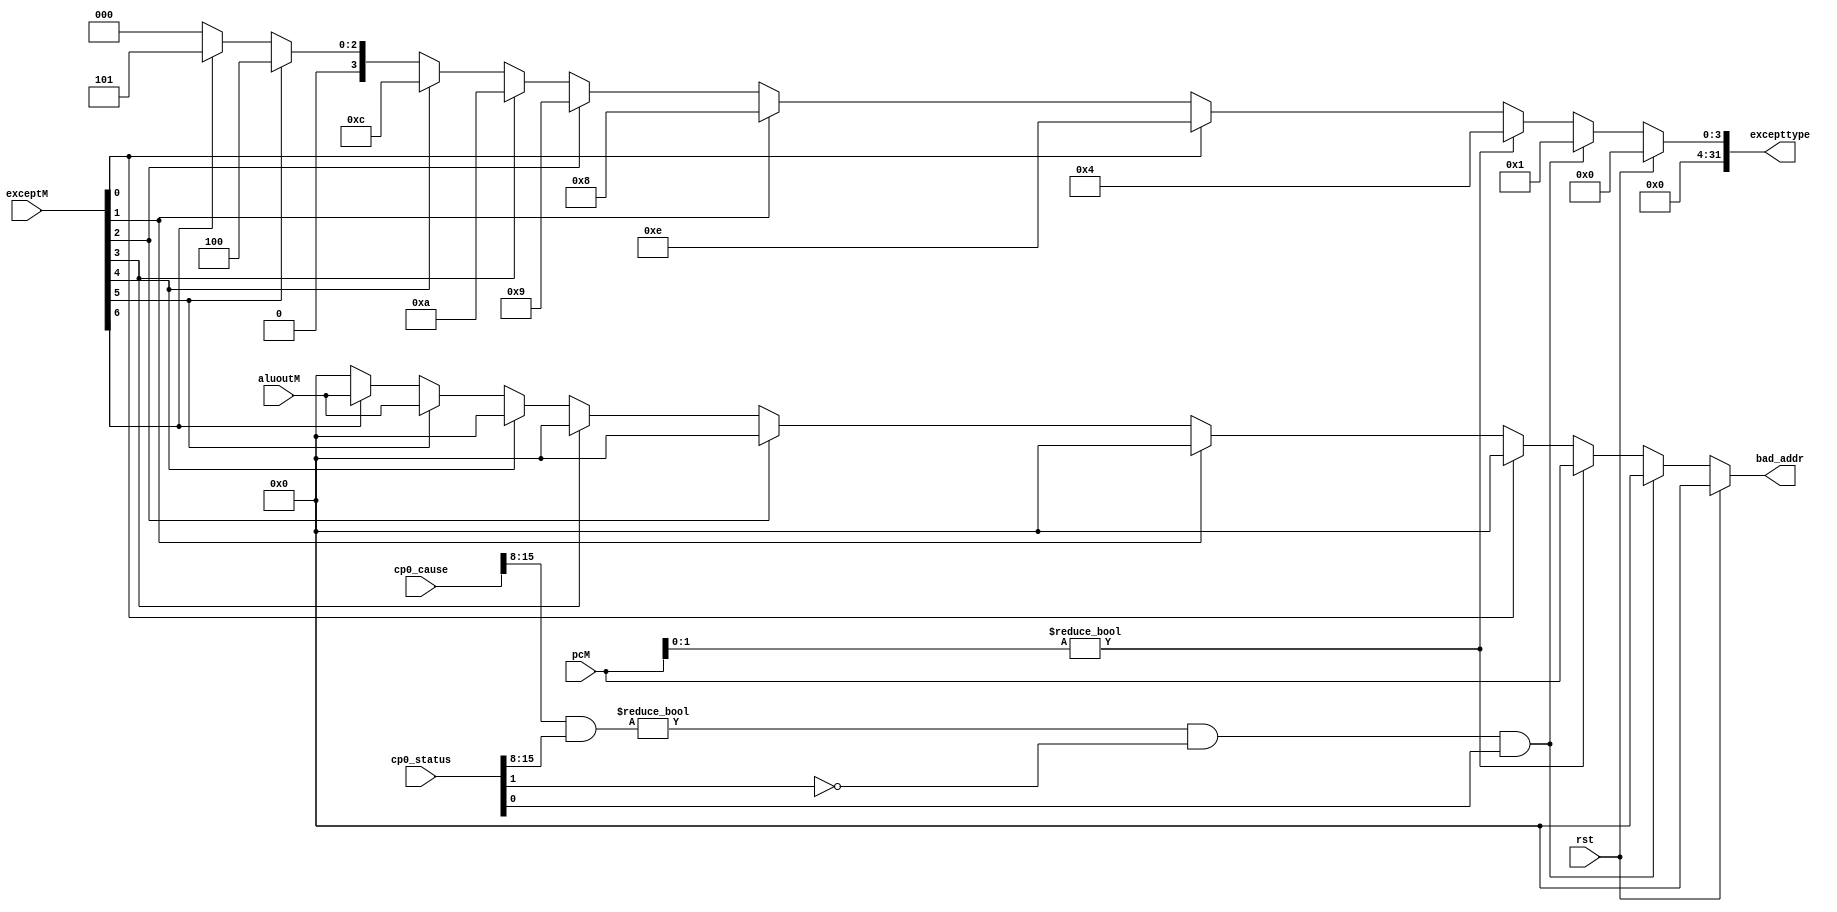
/*exception
    IF,ID,EXE,MEMMEM
*/
`timescale 1ns / 1ps

module exception(
	input rst,
	input [31:0] pcM,
	input [6:0] exceptM,
	input wire[31:0] cp0_status,cp0_cause,aluoutM,
	output wire [31:0] excepttype,bad_addr
    );
	/*	exception input:
	{0: eret, 1: syscall, 2: break, 3: reserve, 4: overflow, 5: adelM, 6: adesM}

	ExcCode:
	0x00 Int
	0x04 AdEL
	0x05 AdES
	0x08 Sys
	0x09 Bp
	0x0A RI
	0x0C Ov
	*/
	// exception type
	assign excepttype = (rst)? 32'h0000_0000:
	                      ((cp0_cause[15:8] & cp0_status[15:8]) != 8'h00 && cp0_status[1] == 1'b0 && cp0_status[0] == 1'b1)? 32'h0000_0001: // interrupt
						  (pcM[1:0]!=2'b00)? 32'h0000_0004: // AdEL
						  (exceptM[0])? 32'h0000_000e: // eret
						  (exceptM[1])? 32'h0000_0008: // syscall
						  (exceptM[2])? 32'h0000_0009: // break
						  (exceptM[3])? 32'h0000_000a: // reserve
						  (exceptM[4])? 32'h0000_000c: // overflow
						  (exceptM[5])? 32'h0000_0004: // adelM
						  (exceptM[6])? 32'h0000_0005: // adesM
						  32'h0;
	// bad address
	assign bad_addr = (rst)? 32'h0:
					  ((cp0_cause[15:8] & cp0_status[15:8]) != 8'h00 && cp0_status[1] == 1'b0 && cp0_status[0] == 1'b1)? 32'h0:
					  (pcM[1:0]!=2'b00)? pcM:
					  (exceptM[0])? 32'h0:
					  (exceptM[1])? 32'h0:
					  (exceptM[2])? 32'h0:
					  (exceptM[3])? 32'h0:
					  (exceptM[4])? 32'h0:
					  (exceptM[5])? aluoutM:
					  (exceptM[6])? aluoutM:
					  32'h0;
endmodule